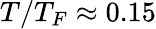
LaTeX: T/T_{F}\approx 0.15